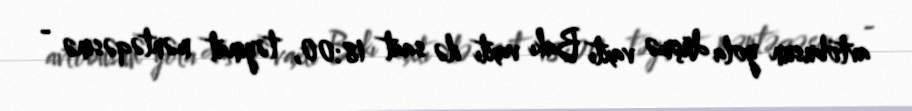
avtobusun yola düşmə vaxtı Bakı vaxtı ilə saat 18:00, təyinat məntəqəsinə -